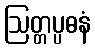
ဩတ္တပ္ပဓနံ